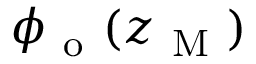
\phi _ { \mathrm { ~ o ~ } } ( z _ { \mathrm { ~ M ~ } } )